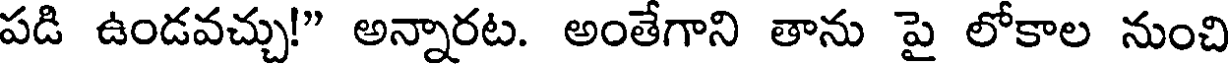
పడి ఉండవచ్చు!" అన్నారట. అంతేగాని తాను పై లోకాల నుంచి